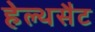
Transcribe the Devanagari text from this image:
हेल्थसैट